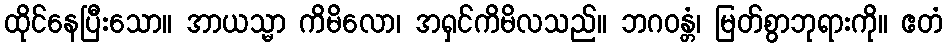
ထိုင်နေပြီးသော။ အာယသ္မာ ကိမိလော၊ အရှင်ကိမိလသည်။ ဘဂဝန္တံ၊ မြတ်စွာဘုရားကို။ ဧတံ